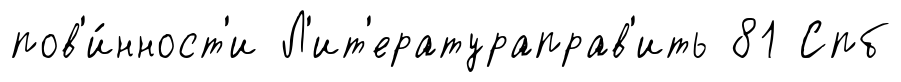
пов'и́нност'и Л'ит'ератураправ'ить 81 Спб